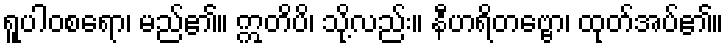
ရူပါဝစရော၊ မည်၏။ ဣတိပိ၊ သို့လည်း။ နီဟရိတဗ္ဗော၊ ထုတ်အပ်၏။